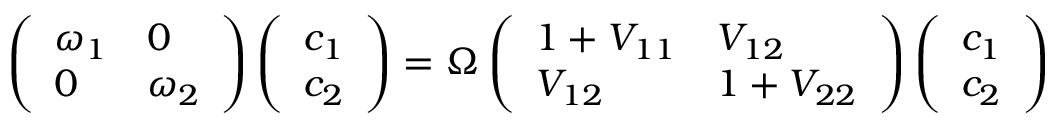
\left( \begin{array} { l l } { \omega _ { 1 } } & { 0 } \\ { 0 } & { \omega _ { 2 } } \end{array} \right) \left( \begin{array} { l } { c _ { 1 } } \\ { c _ { 2 } } \end{array} \right) = \Omega \left( \begin{array} { l l } { 1 + V _ { 1 1 } } & { V _ { 1 2 } } \\ { V _ { 1 2 } } & { 1 + V _ { 2 2 } } \end{array} \right) \left( \begin{array} { l } { c _ { 1 } } \\ { c _ { 2 } } \end{array} \right)